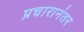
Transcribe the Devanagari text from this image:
प्रचारानंतर